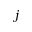
j